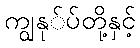
ကျွနု်ပ်တို့နှင့်